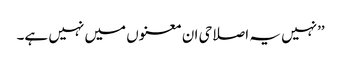
’’نہیں یہ اصلاحی ان معنوں میں نہیں ہے۔